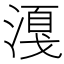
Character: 𣼸